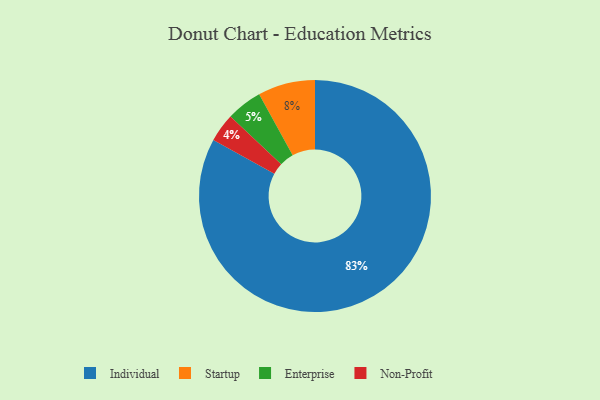
{"axis": {"x": "Category", "y": "Percentage"}, "legend": ["Enterprise", "Individual", "Non-Profit", "Startup"], "data": [{"x": "Individual", "y": 83, "type": "Individual"}, {"x": "Enterprise", "y": 5, "type": "Enterprise"}, {"x": "Non-Profit", "y": 4, "type": "Non-Profit"}, {"x": "Startup", "y": 8, "type": "Startup"}]}